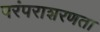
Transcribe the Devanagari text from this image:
परंपराशरणता